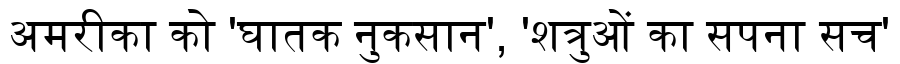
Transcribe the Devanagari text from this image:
अमरीका को 'घातक नुकसान', 'शत्रुओं का सपना सच'